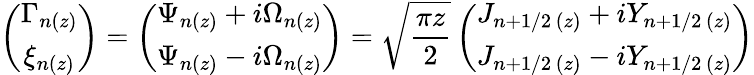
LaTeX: \left(\begin{array}{cc}{\Gamma_{n(z)}}\\ {\xi_{n(z)}}\end{array}\right)=\left(\begin{array}{cc}{\Psi_{n(z)}+i\Omega_{n(z)}}\\ {\Psi_{n(z)}-i\Omega_{n(z)}}\end{array}\right)=\sqrt{\frac{\pi z}{2}}\left(\begin{array}{cc}{J_{n+1/2\, (z)}+iY_{n+1/2\, (z)}}\\ {J_{n+1/2\, (z)}-iY_{n+1/2\, (z)}}\end{array}\right)